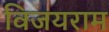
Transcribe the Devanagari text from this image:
विजयराम